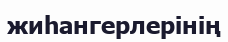
жиһангерлерінің